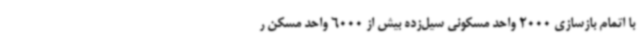
با اتمام بازسازی 2000 واحد مسکونی سیل‌زده بیش از 6000 واحد مسکن ر